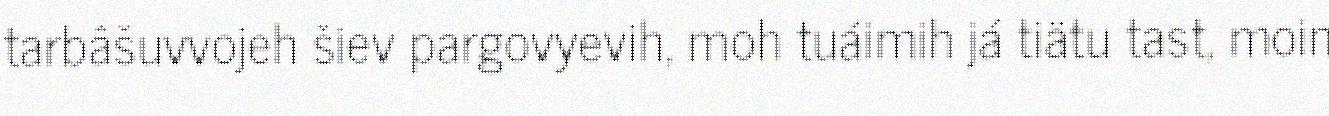
tarbâšuvvojeh šiev pargovyevih, moh tuáimih já tiätu tast, moin